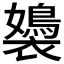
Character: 𧞡